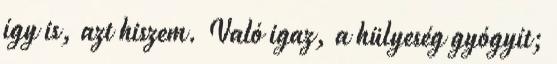
így is, azt hiszem. Való igaz, a hülyeség gyógyít;